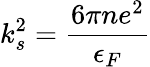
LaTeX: k_{s}^{2}={\frac{6\pi ne^{2}}{\epsilon_{F}}}